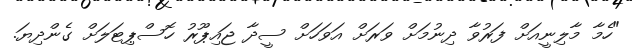
"ހެމާ މާލިނީއަށް ފަރުވާ ދިނުމަށް ވަރަށް އަވަހަށް ސީދާ ޖައިޕޫރު ހޮސްޕިޓަލަށް ގެންދިޔަ.